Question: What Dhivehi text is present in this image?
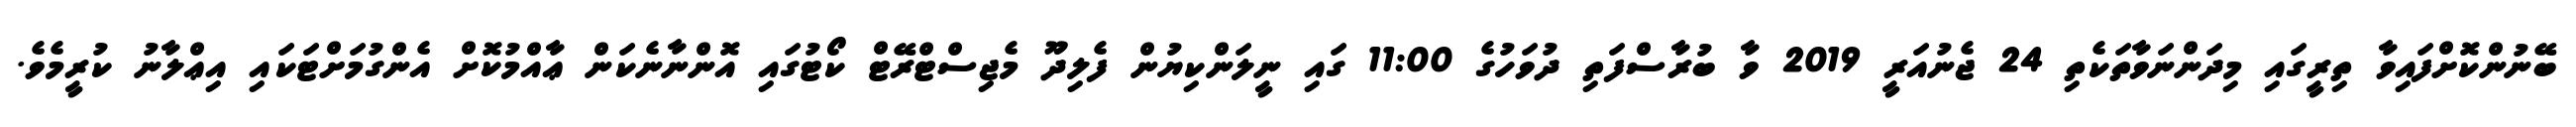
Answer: ބޭނުންކޮށްފައިވާ ތިރީގައި މިދަންނަވާތަކެތި 24 ޖެނުއަރީ 2019 ވާ ބުރާސްފަތި ދުވަހުގެ 11:00 ގައި ނީލަންކިޔުން ފެލިދޫ މެޖިސްޓްރޭޓް ކޯޓުގައި އޮންނާނެކަން ޢާއްމުކޮށް އެންގުމަށްޓަކައި އިޢްލާނު ކުރީމެވެ.